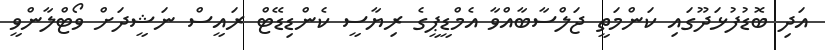
އަދި ބޮޑުފުޅަދޫގައި ކަންމަތީ ޖަލްސާބާއްވާ އެމްޑީޕީގެ ރިޔާސީ ކެންޑިޑޭޓް ރައީސް ނަޝީދަށް ވޯޓްލާންވީ